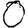
Digit: 0